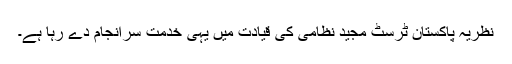
نظریہ پاکستان ٹرسٹ مجید نظامی کی قیادت میں یہی خدمت سرانجام دے رہا ہے۔